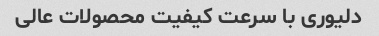
دلیوری با سرعت کیفیت محصولات عالی